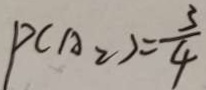
P ( A _ { 2 } ) = \frac { 3 } { 4 }